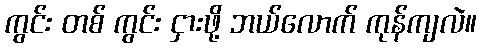
ကွင်း တစ် ကွင်း ငှားဖို့ ဘယ်လောက် ကုန်ကျလဲ။